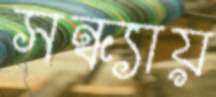
সন্ধ্যায়